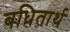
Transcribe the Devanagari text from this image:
बधितार्थ